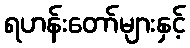
ရဟန်းတော်များနှင့်